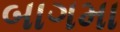
બાગમા